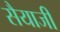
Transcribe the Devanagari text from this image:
सैयाजी